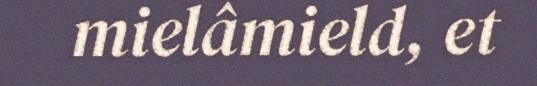
mielâmield, et